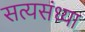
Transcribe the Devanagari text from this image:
सत्यसंध्या